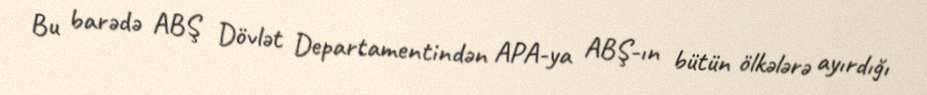
Bu barədə ABŞ Dövlət Departamentindən APA-ya ABŞ-ın bütün ölkələrə ayırdığı